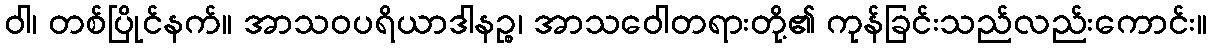
ဝါ၊ တစ်ပြိုင်နက်။ အာသဝပရိယာဒါနဉ္စ၊ အာသဝေါတရားတို့၏ ကုန်ခြင်းသည်လည်းကောင်း။